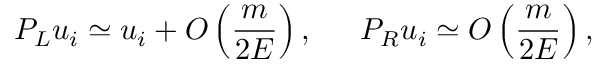
P _ { L } u _ { i } \simeq u _ { i } + { \cal O } \left( \frac m { 2 E } \right) , \, \, \, \, \, \, \, \, \, P _ { R } u _ { i } \simeq { \cal O } \left( \frac m { 2 E } \right) ,